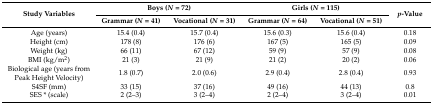
| <ROWSPAN=2> Study Variables | <COLSPAN=2> Boys (N = 72) | <COLSPAN=2> Girls (N = 115) | <ROWSPAN=2> p-Value |
 | Grammar (N = 41) | Vocational (N = 31) | Grammar (N = 64) | Vocational (N = 51) |
 | --- | --- | --- | --- | --- | --- |
 | Age (years) | 15.4 (0.4) | 15.7 (0.4) | 15.6 (0.3) | 15.6 (0.4) | 0.18 |
 | Height (cm) | 178 (8) | 176 (6) | 167 (5) | 165 (5) | 0.09 |
 | Weight (kg) | 66 (11) | 67 (12) | 59 (9) | 57 (9) | 0.08 |
 | BMI (kg/m2) | 21 (3) | 21 (9) | 21 (2) | 20 (2) | 0.06 |
 | Biological age (years from Peak Height Velocity) | 1.8 (0.7) | 2.0 (0.6) | 2.9 (0.4) | 2.8 (0.4) | 0.93 |
 | S4SF (mm) | 33 (15) | 37 (16) | 49 (16) | 44 (13) | 0.8 |
 | SES * (scale) | 2 (2–3) | 3 (2–4) | 2 (2–4) | 3 (2–4) | 0.01 |